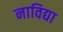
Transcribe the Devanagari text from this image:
नाविद्या